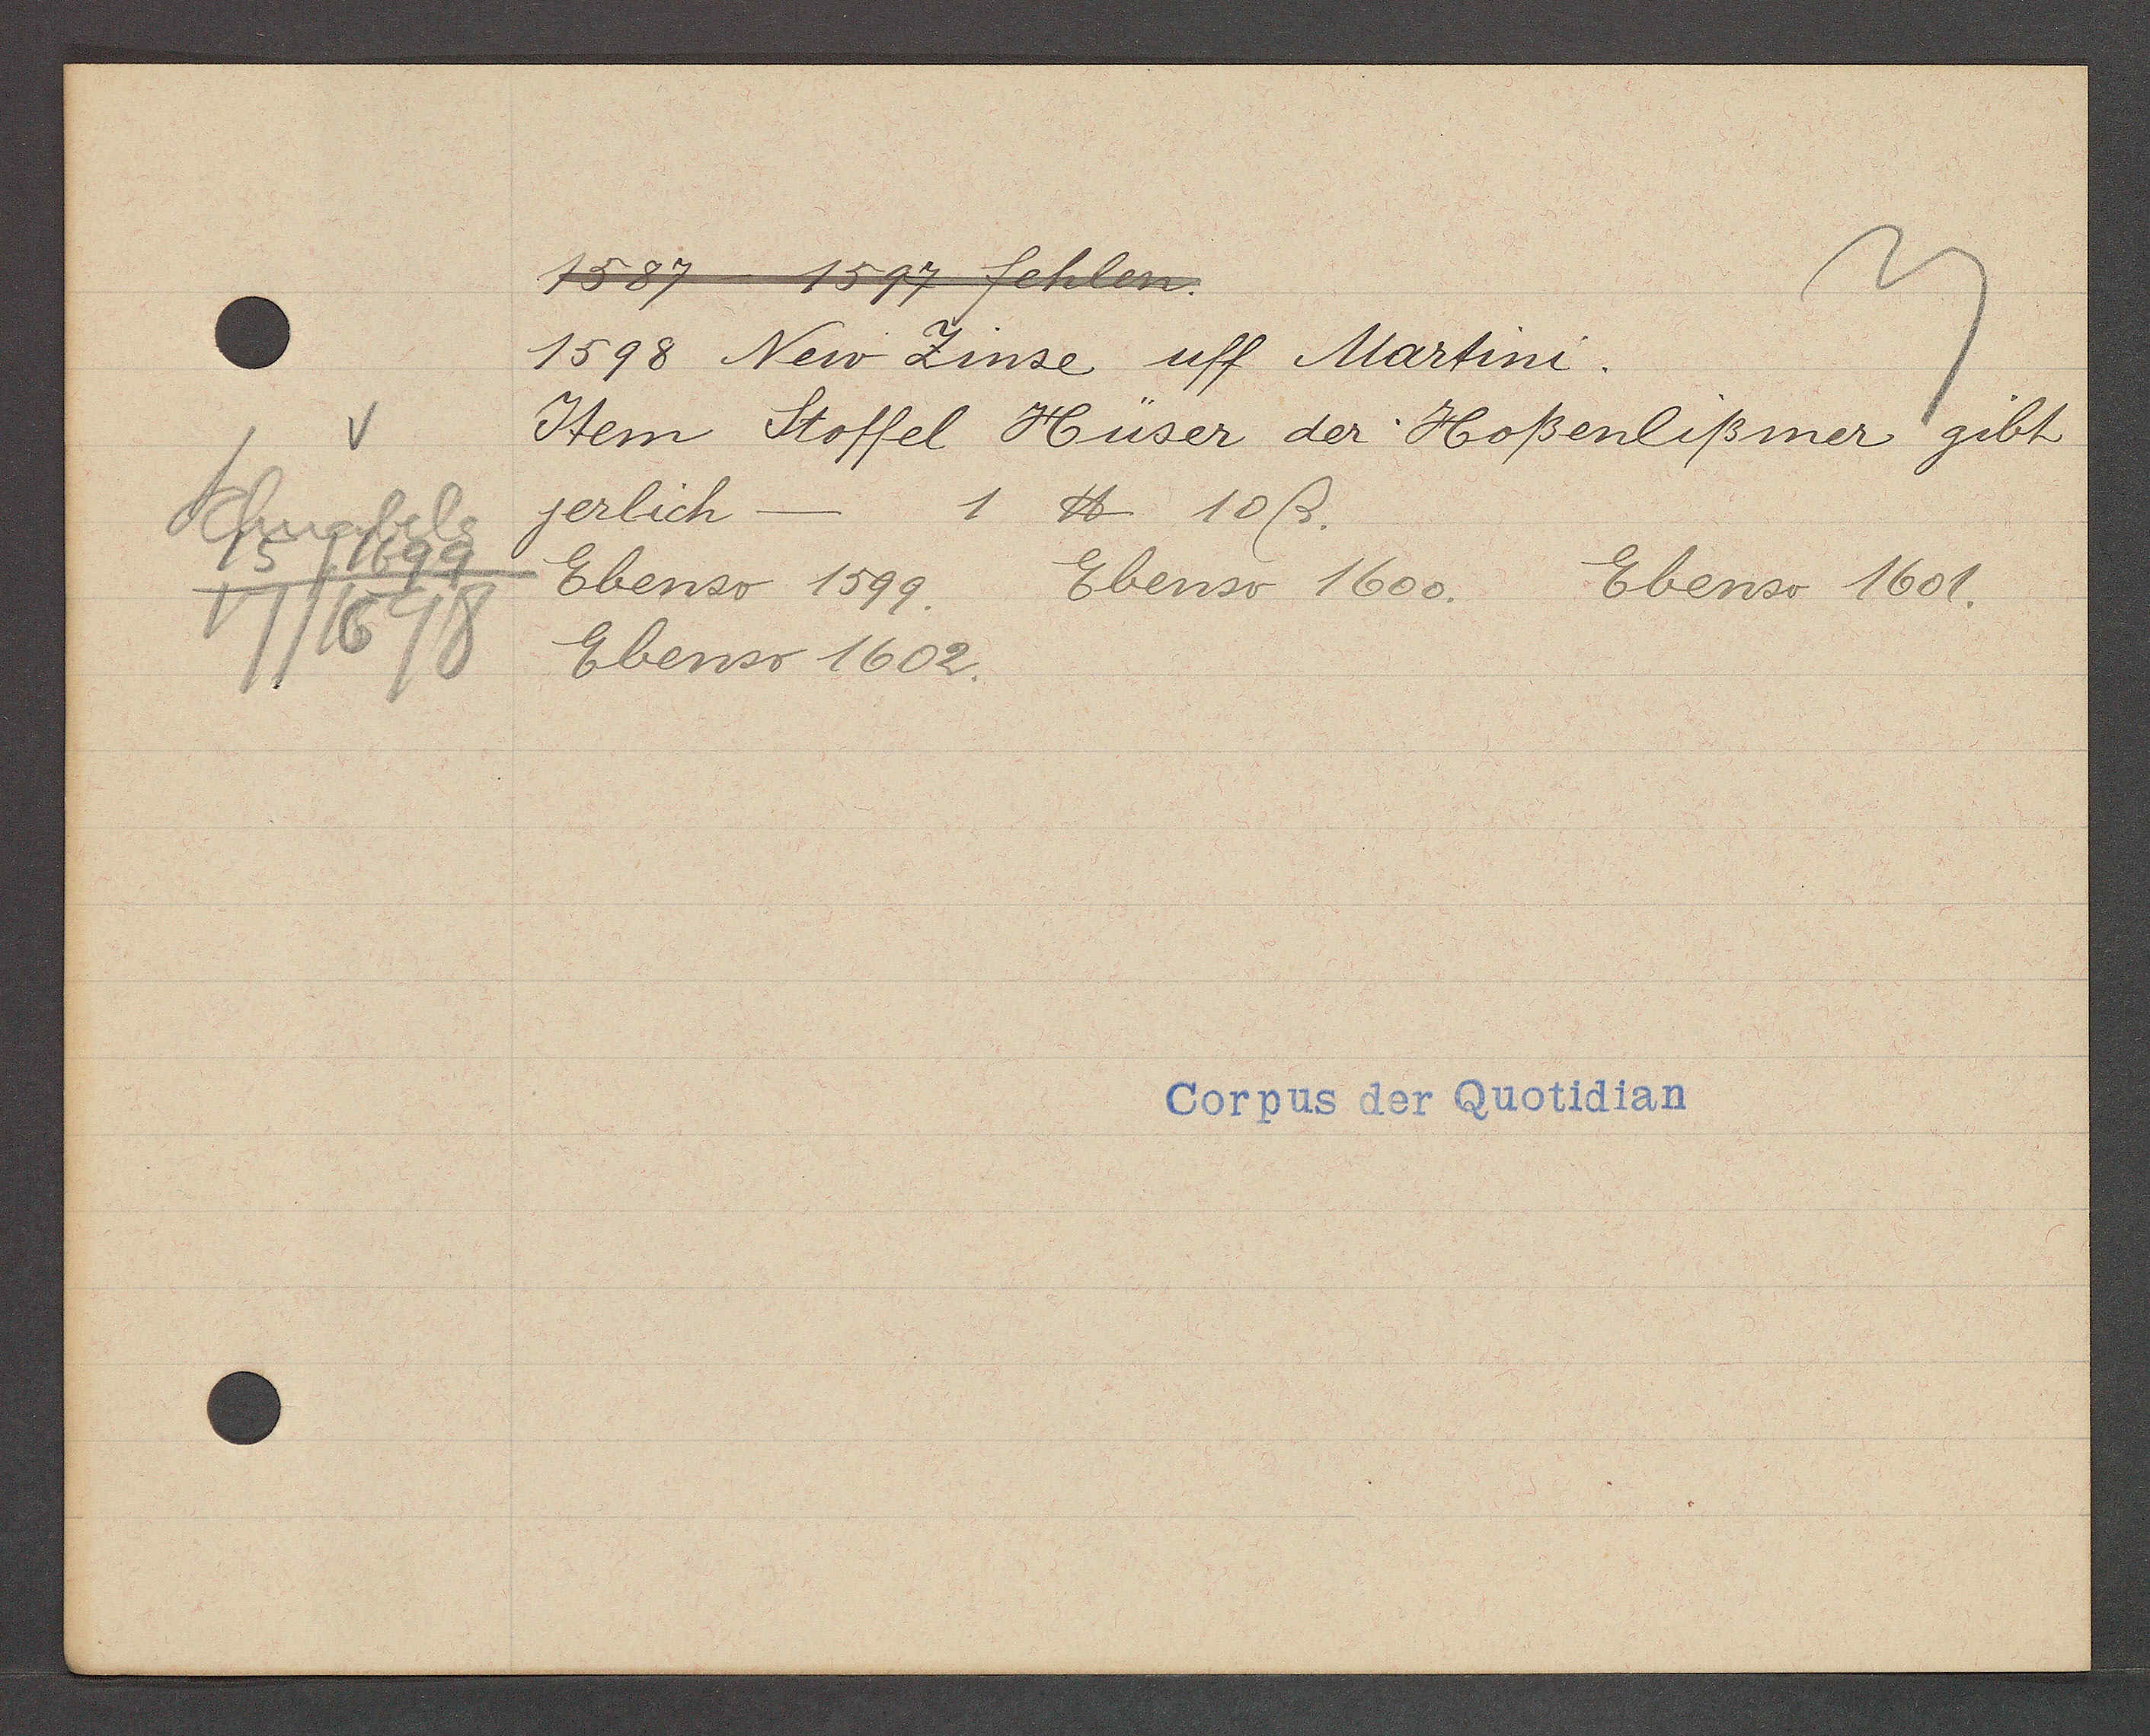
Transcript:
Schnabels
15/1699
17/1698

1587 1597 fehlen.
1598 New Zinse uff Martini.
Item Stoffel Hüser der Hoßenlißmer gibt
jerlich
1 ℔ 10ß.
Ebenso 1600. Ebenso 1601.
Ebenso 1599.
Ebenso 1602.

Corpus der Quotidian